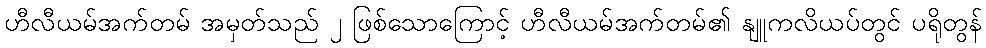
ဟီလီယမ်အက်တမ် အမှတ်သည် ၂ ဖြစ်သောကြောင့် ဟီလီယမ်အက်တမ်၏ နျူကလိယပ်တွင် ပရိုတွန်